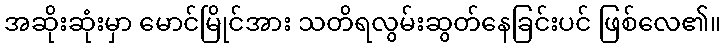
အဆိုးဆုံးမှာ မောင်မြိုင်အား သတိရလွမ်းဆွတ်နေခြင်းပင် ဖြစ်လေ၏။